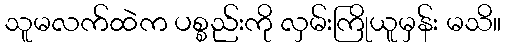
သူမလက်ထဲက ပစ္စည်းကို လှမ်းကြိုယူမှန်း မသိ။